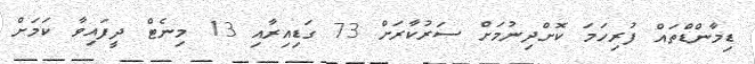
ޑިމާންޑްތައް ފުރިހަމަ ކޮށްދިނުމަށް ސަރުކާރަށް 73 ގަޑިއިރާއި 13 މިނެޓް ދީފައިވާ ކަމަށް